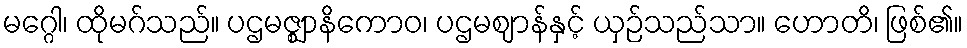
မဂ္ဂေါ၊ ထိုမဂ်သည်။ ပဌမဇ္ဈာနိကောဝ၊ ပဌမဈာန်နှင့် ယှဉ်သည်သာ။ ဟောတိ၊ ဖြစ်၏။